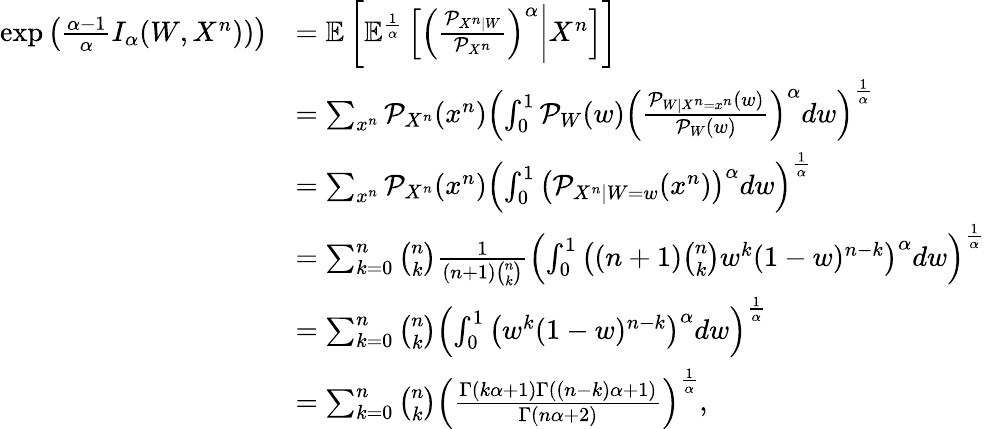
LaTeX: \begin{array}{rl}{\exp\left(\frac{\alpha-1}{\alpha}I_{\alpha}(W,X^{n}))\right)}&{=\mathbb{E}\left[\mathbb{E}^{\frac 1\alpha}\left[\left(\frac{\mathcal{P}_{X^{n}|W}}{\mathcal{P}_{X^{n}}}\right)^{\alpha}\bigg|X^{n}\right]\right]}\\ &{=\sum_{x^{n}}\mathcal{P}_{X^{n}}(x^{n})\left(\int_{0}^{1}\mathcal{P}_{W}(w)\left(\frac{\mathcal{P}_{W|X^{n}=x^{n}}(w)}{\mathcal{P}_{W}(w)}\right)^{\alpha}dw\right)^{\frac 1\alpha}}\\ &{=\sum_{x^{n}}\mathcal{P}_{X^{n}}(x^{n})\left(\int_{0}^{1}\left(\mathcal{P}_{X^{n}|W=w}(x^{n})\right)^{\alpha}dw\right)^{\frac 1\alpha}}\\ &{=\sum_{k=0}^{n}\binom{n}{k}\frac{1}{(n+1)\binom{n}{k}}\left(\int_{0}^{1}\left((n+1)\binom{n}{k}w^{k}(1-w)^{n-k}\right)^{\alpha}dw\right)^{\frac 1\alpha}}\\ &{=\sum_{k=0}^{n}\binom{n}{k}\left(\int_{0}^{1}\left(w^{k}(1-w)^{n-k}\right)^{\alpha}dw\right)^{\frac 1\alpha}}\\ &{=\sum_{k=0}^{n}\binom{n}{k}\left(\frac{\Gamma(k\alpha+1)\Gamma((n-k)\alpha+1)}{\Gamma(n\alpha+2)}\right)^{\frac 1\alpha},}\end{array}